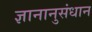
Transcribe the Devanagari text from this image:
ज्ञानानुसंधान